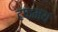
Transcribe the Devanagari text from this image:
टफ़मय